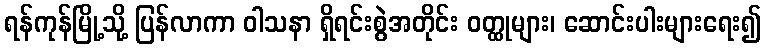
ရန်ကုန်မြို့သို့ ပြန်လာကာ ဝါသနာ ရှိရင်းစွဲအတိုင်း ဝတ္ထုများ၊ ဆောင်းပါးများရေး၍